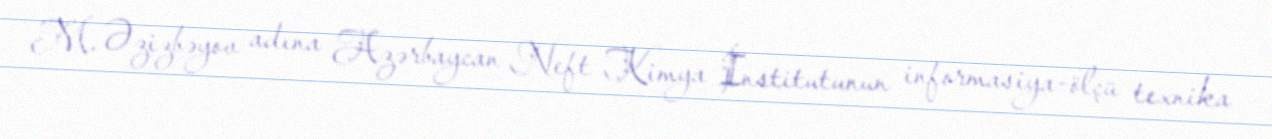
M. Əzizbəyov adına Azərbaycan Neft Kimya İnstitutunun informasiya-ölçü texnika